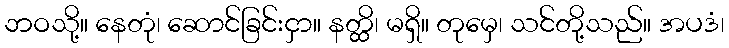
ဘဝသို့။ နေတုံ၊ ဆောင်ခြင်းငှာ။ နတ္ထိ၊ မရှိ။ တုမှေ၊ သင်တို့သည်။ အပဒံ၊